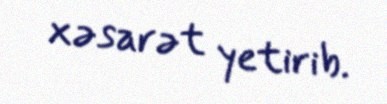
xəsarət yetirib.